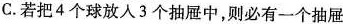
C.若把4个球放入3个抽屉中，则必有一个抽屉